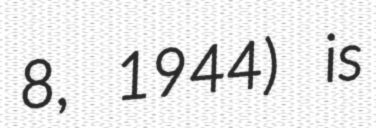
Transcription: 8, 1944) is